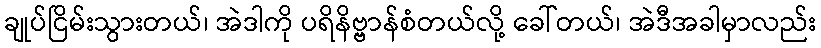
ချုပ်ငြိမ်းသွားတယ်၊ အဲဒါကို ပရိနိဗ္ဗာန်စံတယ်လို့ ခေါ်တယ်၊ အဲဒီအခါမှာလည်း